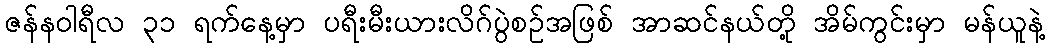
ဇန်နဝါရီလ ၃၁ ရက်နေ့မှာ ပရီးမီးယားလိဂ်ပွဲစဥ်အဖြစ် အာဆင်နယ်တို့ အိမ်ကွင်းမှာ မန်ယူနဲ့